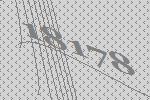
18178